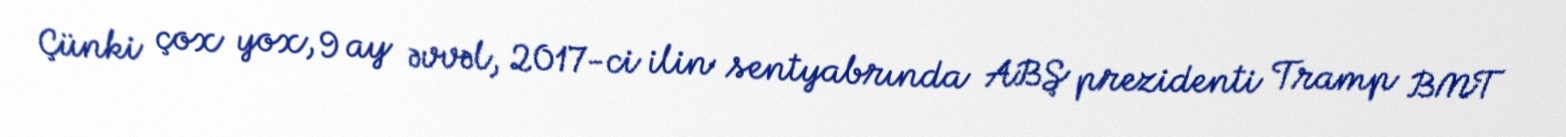
Çünki çox yox, 9 ay əvvəl, 2017-ci ilin sentyabrında ABŞ prezidenti Tramp BMT